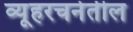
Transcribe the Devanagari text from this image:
व्यूहरचनेतील